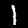
Digit: 1